Statistics of inoculations with Haffkine's anti-plague vaccine 1897-1900
Year: 1897
Disease focus: Plague
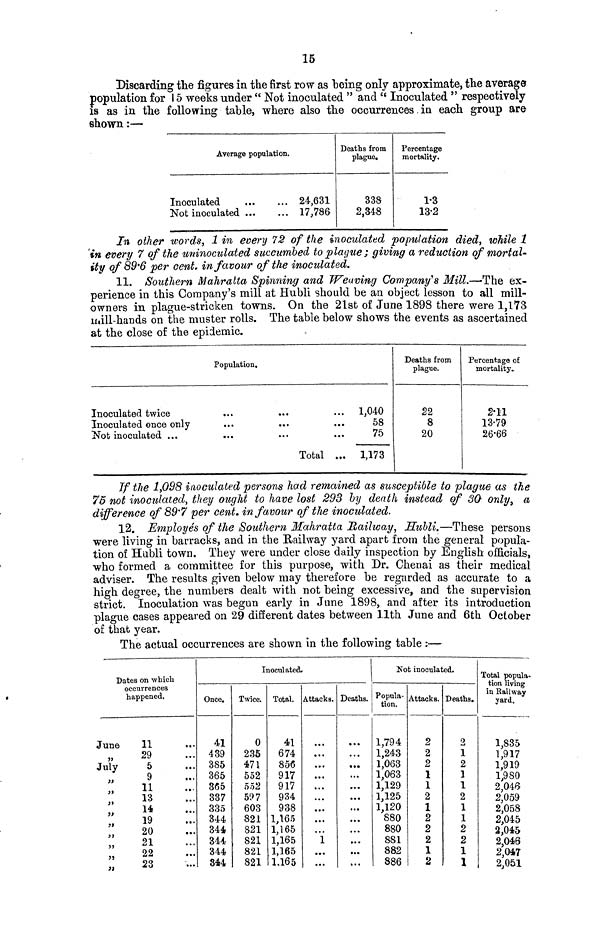
15
Discarding the figures in the first row as being only approximate, the average
population for 15 weeks under " Not inoculated " and " Inoculated " respectively
is as in the following table, where also the occurrences. in each group are
shown :—
Average population.
Inoculated
24,631
Not inoculated
17,786
Deaths from
plague.
338
2,348
Percentage
mortality.
1-3
13-2
In other words, 1 in every 72 of the inoculated population died, while 1
in every 7 of the uninoculated succumbed to plague ; giving a reduction of mortal"
ity of 89'6 per cent, in favour of the inoculated.
11. Southern Mahratta Spinning and Weaving Company's Mill.—'The ex-
perience in this Company's mill at Hubli should be an object lesson to all mill-
owners in plague-stricken towns. On the 21st of June 1898 there were 1,173
mill-hands on the muster rolls. The table below shows the events as ascertained
at the close of the epidemic.
Inoculated twice
Inoculated once only
Not inoculated ...
Population.
... ... ... 1,040
... ... ... 58
... ... ...75
Total ...
1,173
Deaths from
plague.
22
8
20
Percentage of
mortality..
2.11
13.79
26.66
If the 1,098 inoculated persons had remained as susceptible to plague as the
75 not inoculated, they ought to have lost 293 by death instead of 30· only, a
difference of 89.7 per cent, in favour of the inoculated.
12. Employés of the Southern Mahratta Railway, Hubli.—These persons
were living in barracks, and in the Railway yard apart from the general popula-
tion of Hubli town. They were under close daily inspection by English officials,
who formed a committee for this purpose, with Dr. Chenai as their medical
adviser. The results given below may therefore be regarded as accurate to a
high degree, the numbers dealt with not being excessive, and the supervision
strict. Inoculation was begun early in June 1898, and after its introduction
plague cases appeared on 29 different dates between 11th June and 6th October
of that year.
The actual occurrences are shown in the following table :—
Dates on which
occurrences
happened.
June
11
29
July
5
9
11
13
14
19
20
21
22
; ; 23
Inoculated.
Once.
41
439
385
365
365
337
335
344
344
344
344
844
Twice.
0
235
471
552
552
597
603
821
821
821
821
821
Total.
41
674
856
917
917
934
938
1,165
1,165
1,165
1,165
1,165
Attacks.
...
...
...
...
...
...
...
1
...
...
Deaths.
Not inoculated.
Popula-
tion.
1,794
1,243
1,063
1,063
1,129
1,125
1,120
880
880
881
882
886
Attacks.
2
2
2
1
1
2
1
2
2
2
1
2
Deaths.
2
1
2
3
1
2
1
1
2
2
1
1
Total popula-
tion living
in Railway
yard.
1,835
1,917
1,919
1,980
2,046
2,059
2,058
2,045
2,045
2,046
2,047
2,051